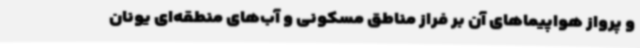
و پرواز هواپیماهای آن بر فراز مناطق مسکونی و آب‌های منطقه‌ای یونان